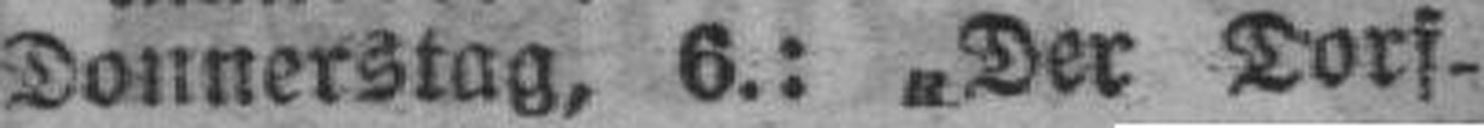
Donnerstag, 6.: „Der Dorf¬